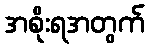
အစိုးရအတွက်